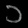
Digit: ၁